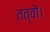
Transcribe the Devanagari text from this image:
तत्वों।